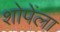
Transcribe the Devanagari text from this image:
शोपेंला